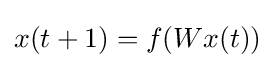
x(t+1)=f(Wx(t))